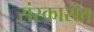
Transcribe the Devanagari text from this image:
संस्कारांत